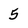
Character: 5